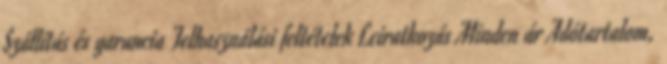
Szállítás és garancia Felhasználási feltételek Leiratkozás Minden ár Adótartalom,